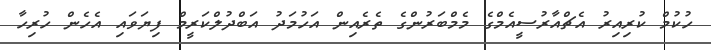
ހުކުމް ކުރިއިރު އެޗްއާރުސީއެމްގެ މެމްބަރުންގެ ތެރެއިން އަހުމަދު އަބްދުލްކަރީމް ފިޔަވައި އެހެން ހުރިހާ